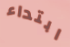
ابتداء